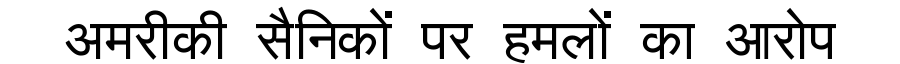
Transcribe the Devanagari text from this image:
अमरीकी सैनिकों पर हमलों का आरोप